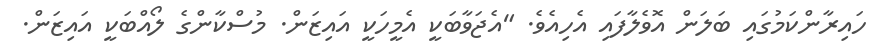
ހައިރާންކަމުގައި ބަލަން އޮވެލާފައި އެހިއެވެ. "އެޖަވާބަކީ އެމީހަކީ އައިޒަން. މުސްކާންގެ ލޯއްބަކީ އައިޒަން.